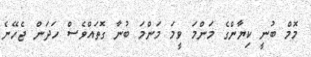
މޮމް ބުނީ ކިޔާންގެ މަންމަ ވީމަ މަންމަ ބުނާ ގޮތައްވެސް ހަދަން ޖެހޭނެ